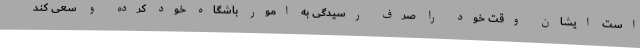
است ایشان وقت خود را صرف رسیدگی به امور باشگاه خود کرده و سعی کند